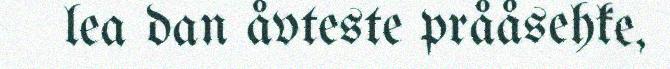
lea dan åvteste prååsehke,